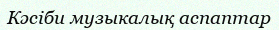
Кәсіби музыкалық аспаптар